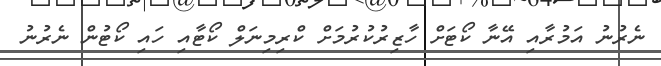
ނެރުނު އަމުރާއި އޭނާ ކޯޓަށް ހާޒިރުކުރުމަށް ކްރިމިނަލް ކޯޓާއި ހައި ކޯޓުން ނެރުނު